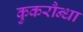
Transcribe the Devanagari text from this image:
कुकरौन्धा